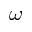
\omega